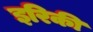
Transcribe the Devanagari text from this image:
इरिकी